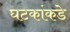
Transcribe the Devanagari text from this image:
घटकांकडे